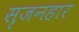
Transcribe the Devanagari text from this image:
सृजनहार